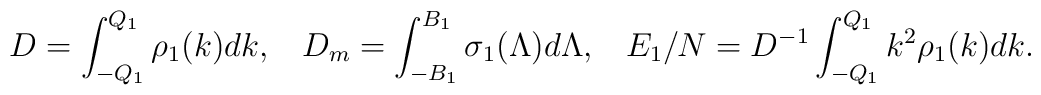
D=\int_{-Q_1}^{Q_1}{\rho_1(k)dk},\;\;\;D_m=\int_{-B_1}^{B_1}{\sigma_1(\Lambda)d\Lambda},\;\;\;E_1/N=D^{-1}\int_{-Q_1}^{Q_1}{k^2\rho_1(k)dk}.